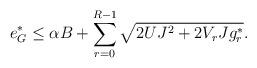
LaTeX: \begin{align*}e^*_G\leq \alpha B + \sum_{r=0}^{R-1} \sqrt{2UJ^2 + 2V_rJg^*_r}.\end{align*}